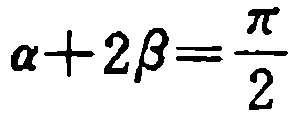
\(\alpha+2\beta=\frac{\pi}{2}\)